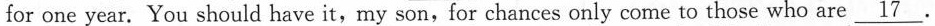
for one year. You should have it, my son,for chances only come to those who are \underline{17} .